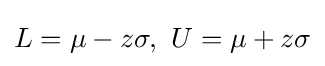
L=\mu -z\sigma ,\ U=\mu +z\sigma